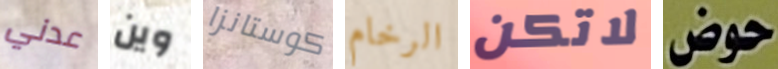
عدني وين كوستانزا الرخام لاتكن حوض